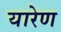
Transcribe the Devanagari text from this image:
यारेण